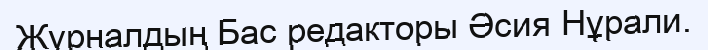
Журналдың Бас редакторы Әсия Нұрали.